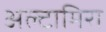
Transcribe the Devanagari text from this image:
अल्टामिरा